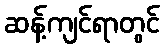
ဆန့်ကျင်ရာတွင်